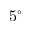
5 ^ { \circ }